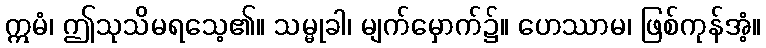
ဣမံ၊ ဤသုသိမရသေ့၏။ သမ္မုခါ၊ မျက်မှောက်၌။ ဟေဿာမ၊ ဖြစ်ကုန်အံ့။